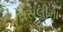
તસલીમા